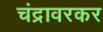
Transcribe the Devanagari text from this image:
चंद्रावरकर